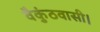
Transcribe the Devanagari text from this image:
वैकुंठवासी।